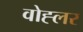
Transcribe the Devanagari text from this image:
वोह्लर